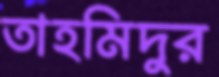
তাহমিদুর